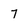
Character: 7